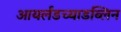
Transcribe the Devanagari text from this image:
आयर्लंडच्याडब्लिन